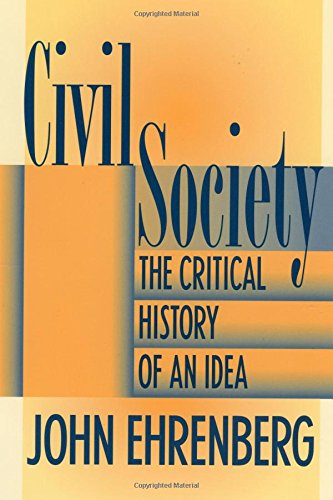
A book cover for Civil Society: The Critical History of an Idea; John R. Ehrenberg; Politics & Social Sciences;